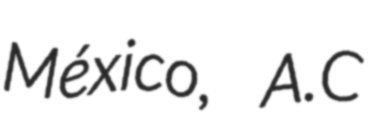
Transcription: México, A.C